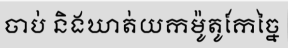
ចាប់ និងឃាត់យកម៉ូតូកែច្នៃ